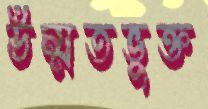
উম্মতভুক্ত